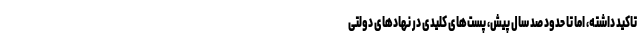
تاکید داشته، اما تا حدود صد سال پیش، پست‌های کلیدی در نهادهای دولتی